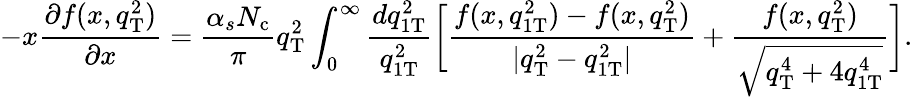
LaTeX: -x\frac{\partial f(x,q_{\mathrm{T}}^{2})}{\partial x}=\frac{\alpha_{s}N_{\mathrm{c}}}{\pi}q_{\mathrm{T}}^{2}\int_{0}^{\infty}\frac{dq_{1\mathrm{T}}^{2}}{q_{1\mathrm{T}}^{2}}\bigg[\frac{f(x,q_{1\mathrm{T}}^{2})-f(x,q_{\mathrm{T}}^{2})}{|q_{\mathrm{T}}^{2}-q_{1\mathrm{T}}^{2}|}+\frac{f(x,q_{\mathrm{T}}^{2})}{\sqrt{q_{\mathrm{T}}^{4}+4q_{1\mathrm{T}}^{4}}}\bigg].